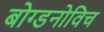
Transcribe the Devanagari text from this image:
बोग्डनोविच